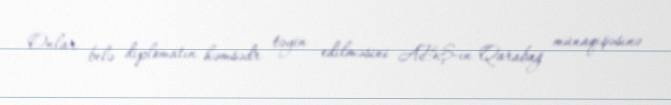
Onlar belə diplomatın həmsədr təyin edilməsini ABŞ-ın Qarabağ münaqişəsinə